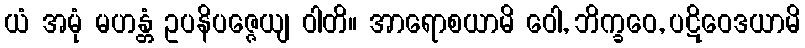
ယံ အမုံ မဟန္တံ ဥပနိပဇ္ဇေယျ ဝါတိ။ အာရောစယာမိ ဝေါ, ဘိက္ခဝေ, ပဋိဝေဒယာမိ